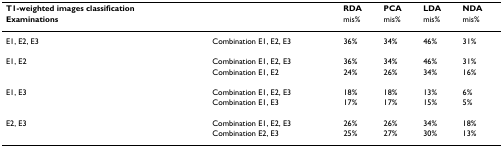
<table><thead><tr><td><b>T1-weighted images classification</b></td><td></td><td><b>RDA</b></td><td><b>PCA</b></td><td><b>LDA</b></td><td><b>NDA</b></td></tr><tr><td><b>Examinations</b></td><td></td><td><b>mis%</b></td><td><b>mis%</b></td><td><b>mis%</b></td><td><b>mis%</b></td></tr></thead><tbody><tr><td>E1, E2, E3</td><td>Combination E1, E2, E3</td><td>36%</td><td>34%</td><td>46%</td><td>31%</td></tr><tr><td>E1, E2</td><td>Combination E1, E2, E3</td><td>36%</td><td>34%</td><td>46%</td><td>31%</td></tr><tr><td></td><td>Combination E1, E2</td><td>24%</td><td>26%</td><td>34%</td><td>16%</td></tr><tr><td>E1, E3</td><td>Combination E1, E2, E3</td><td>18%</td><td>18%</td><td>13%</td><td>6%</td></tr><tr><td></td><td>Combination E1, E3</td><td>17%</td><td>17%</td><td>15%</td><td>5%</td></tr><tr><td>E2, E3</td><td>Combination E1, E2, E3</td><td>26%</td><td>26%</td><td>34%</td><td>18%</td></tr><tr><td></td><td>Combination E2, E3</td><td>25%</td><td>27%</td><td>30%</td><td>13%</td></tr></tbody></table>